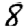
Digit: 8